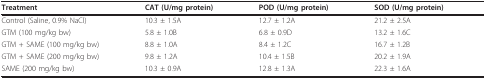
<table><thead><tr><td><b>Treatment</b></td><td><b>CAT (U/mg protein)</b></td><td><b>POD (U/mg protein)</b></td><td><b>SOD (U/mg protein)</b></td></tr></thead><tbody><tr><td>Control (Saline, 0.9% NaCl)</td><td>10.3 ± 1.5A</td><td>12.7 ± 1.2A</td><td>21.2 ± 2.5A</td></tr><tr><td>GTM (100 mg/kg bw)</td><td>5.8 ± 1.0B</td><td>6.8 ± 0.9D</td><td>13.2 ± 1.6C</td></tr><tr><td>GTM + SAME (100 mg/kg bw)</td><td>8.8 ± 1.0A</td><td>8.4 ± 1.2C</td><td>16.7 ± 1.2B</td></tr><tr><td>GTM + SAME (200 mg/kg bw)</td><td>9.8 ± 1.2A</td><td>10.4 ± 1.5B</td><td>20.2 ± 1.9A</td></tr><tr><td>SAME (200 mg/kg bw)</td><td>10.3 ± 0.9A</td><td>12.8 ± 1.3A</td><td>22.3 ± 1.6A</td></tr></tbody></table>